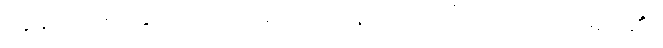
ထွန်တုံးဖျားနှင့်တူသောကြောင့် နင်္ဂလဝင်္ကတာပုဂ္ဂိုလ်မည်၏။